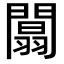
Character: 闒